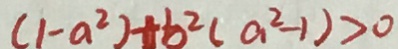
( 1 - a ^ { 2 } ) + b ^ { 2 } ( a ^ { 2 } - 1 ) > 0